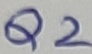
Text: Q2